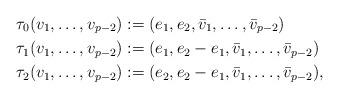
LaTeX: \begin{align*}\tau_{0}(v_{1}, \dots, v_{p-2}) &:= (e_{1}, e_{2}, \bar{v}_{1}, \dots, \bar{v}_{p-2}) \\\tau_{1}(v_{1}, \dots, v_{p-2}) &:= (e_{1}, e_{2} - e_{1}, \bar{v}_{1}, \dots, \bar{v}_{p-2}) \\\tau_{2}(v_{1}, \dots, v_{p-2}) &:= (e_{2}, e_{2} - e_{1}, \bar{v}_{1}, \dots, \bar{v}_{p-2}),\end{align*}